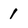
Character: 1